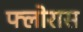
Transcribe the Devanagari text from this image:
फ्लोरास